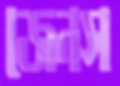
জেনস